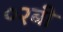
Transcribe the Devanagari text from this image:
०२बी